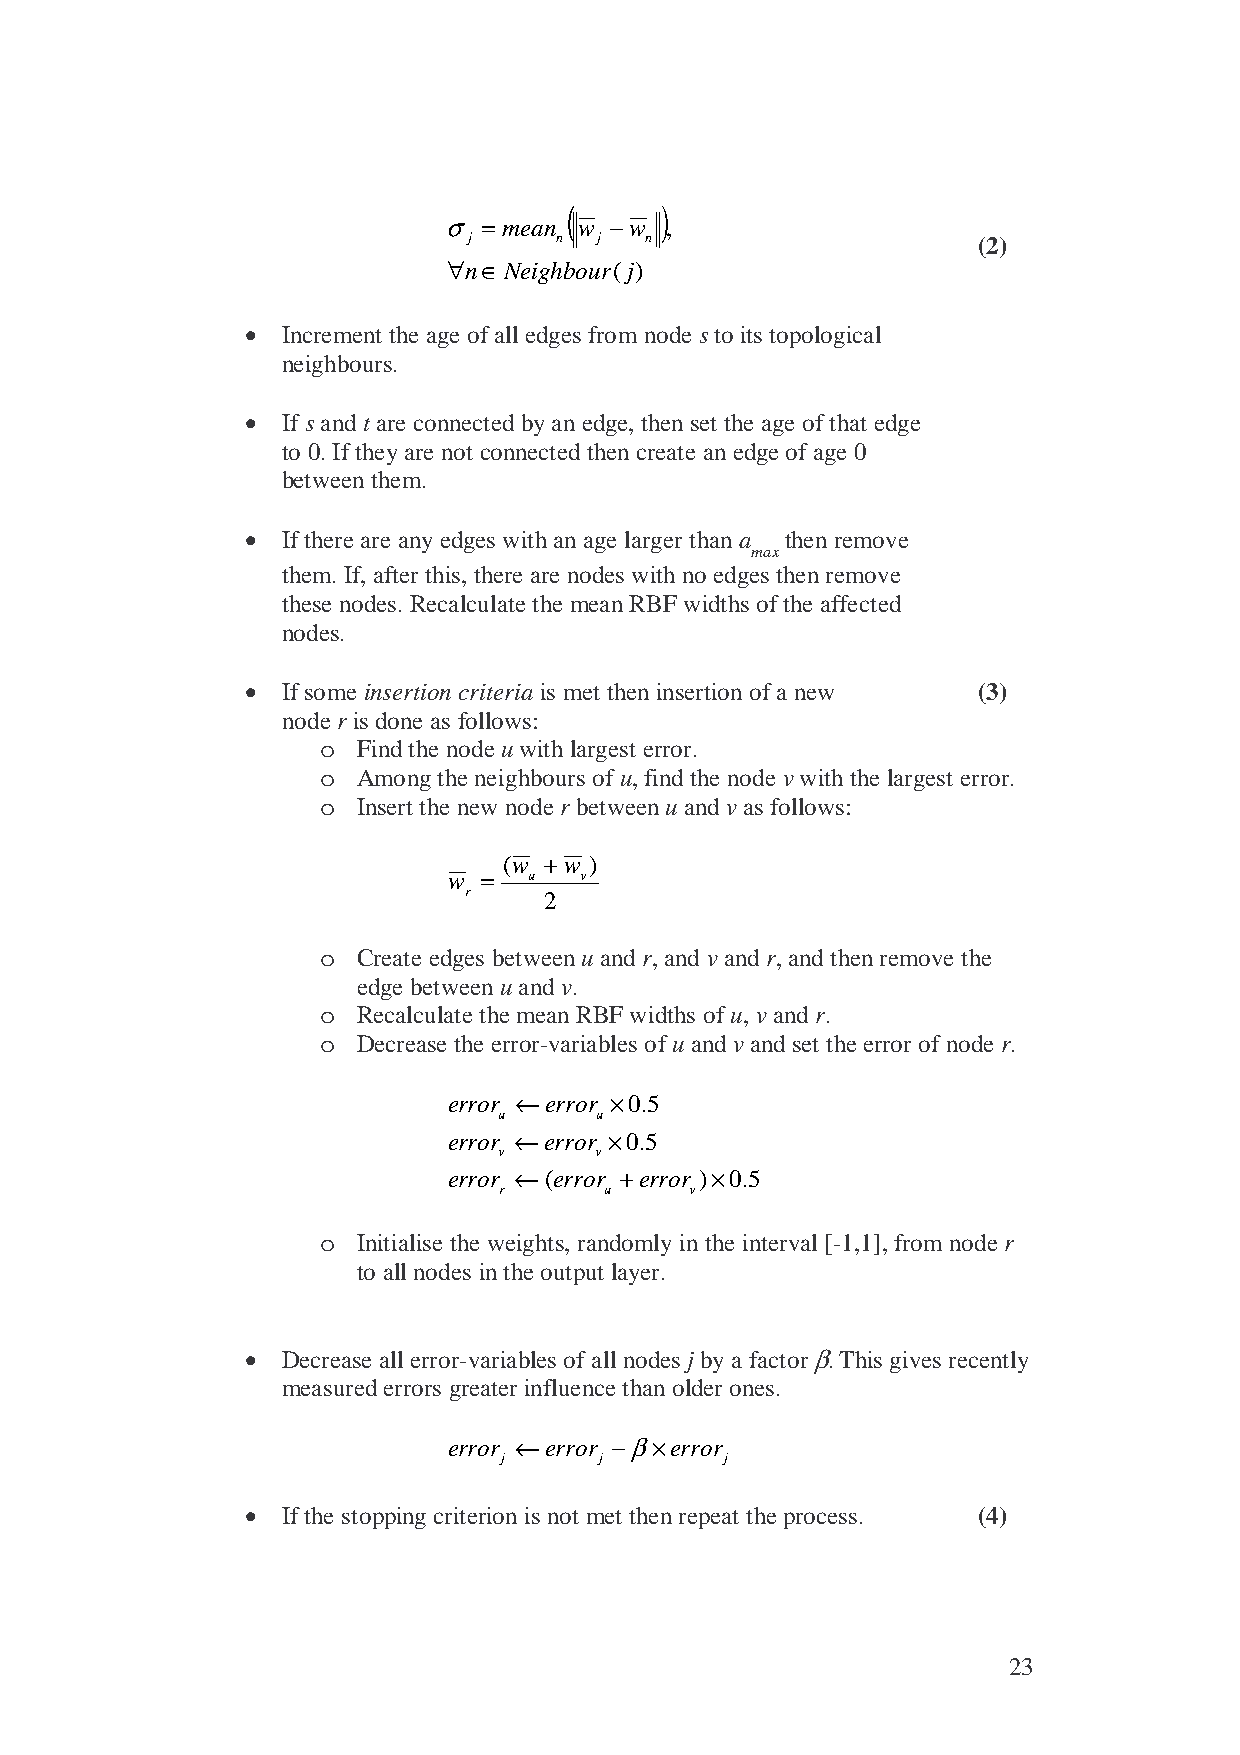
(     )
 σ = mean w −w ,
 j     n j   n                     (2)
 ∀n∈Neighbour(j)
 •  Increment the age of all edges from node s to its topological
 neighbours.
 •  If s and t are connected by an edge, then set the age of that edge
 to 0. If they are not connected then create an edge of age 0
 between them.
 •  If there are any edges with an age larger than a then remove
 max
 them. If, after this, there are nodes with no edges then remove
 these nodes. Recalculate the mean RBF widths of the affected
 nodes.
 •  If some insertion criteria is met then insertion of a new (3)
 node r is done as follows:
 o  Find the node u with largest error.
 o  Among the neighbours of u, find the node v with the largest error.
 o  Insert the new node r between u and v as follows:
 (w + w )
 w =  u  v
 r    2
 o  Create edges between u and r, and v and r, and then remove the
 edge between u and v.
 o  Recalculate the mean RBF widths of u, v and r.
 o  Decrease the error-variables of u and v and set the error of node r.
 error ←error ×0.5
 u     u
 error ←error ×0.5
 v     v
 error ←(error +error )×0.5
 r      u     v
 o  Initialise the weights, randomly in the interval [-1,1], from node r
 to all nodes in the output layer.
 •  Decrease all error-variables of all nodes j by a factor β. This gives recently
 measured errors greater influence than older ones.
 error ←error −β×error
 j      j       j
 •  If the stopping criterion is not met then repeat the process. (4)
 23